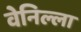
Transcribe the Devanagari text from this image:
वेनिल्ला